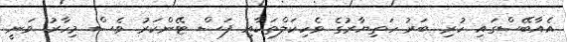
އެއާބޭސްގައި ހުރި ބަރު ހަތިޔާރުގެ ވެހިކަލްތަކާއި ފަސް ޓޭންކަރު ވެސް މިހާރު ވަނީ